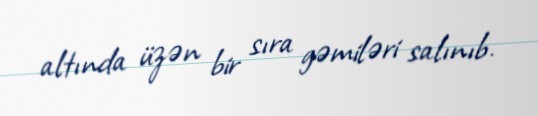
altında üzən bir sıra gəmiləri salınıb.